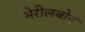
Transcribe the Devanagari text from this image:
मेरीलबोन